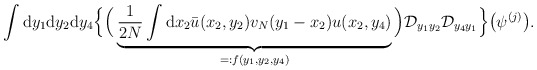
\begin{align*}&\int \mathrm{d}y_1\mathrm{d}y_2\mathrm{d}y_4\Big\{\Big(\underbrace{\frac{1}{2N}\int\mathrm{d}x_2\bar u(x_2,y_2)v_N(y_1-x_2)u(x_2,y_4)}_{=:f(y_1,y_2,y_4)}\Big)\mathcal{D}_{y_1y_2}\mathcal{D}_{y_4y_1}\Big\}\big(\psi^{(j)}\big).\end{align*}